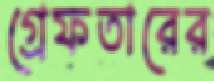
গ্রেফতারের